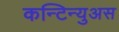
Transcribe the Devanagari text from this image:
कन्टिन्युअस